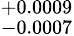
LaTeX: ^{+0.0009}_{-0.0007}